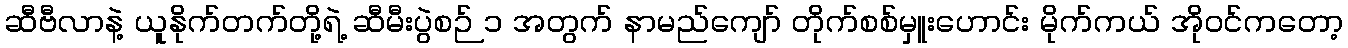
ဆီဗီလာနဲ့ ယူနိုက်တက်တို့ရဲ့ ဆီမီးပွဲစဉ် ၁ အတွက် နာမည်ကျော် တိုက်စစ်မှူးဟောင်း မိုက်ကယ် အိုဝင်ကတော့